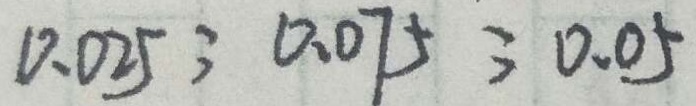
0 . 0 2 5 ; 0 . 0 7 5 ; 0 . 0 5